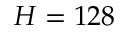
H = 1 2 8